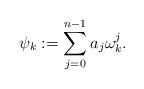
LaTeX: \begin{align*} \psi _k:=\sum \limits _{j=0}^{n-1} a_j \omega _k^j.\end{align*}